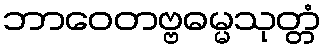
ဘာဝေတဗ္ဗဓမ္မသုတ္တံ